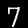
Label: 7